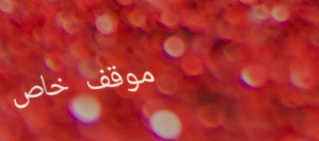
موقف خاص